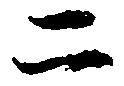
二